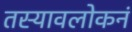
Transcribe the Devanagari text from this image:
तस्यावलोकनं